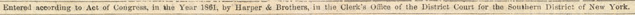

				Entered according to Act of Congress. in the Year 1861. by Harper & Brethers,inthe clerk's office of the District Court for the Southern District of New York.